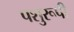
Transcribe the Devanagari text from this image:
पशुरूपी